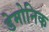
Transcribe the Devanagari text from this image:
डेमोनिक